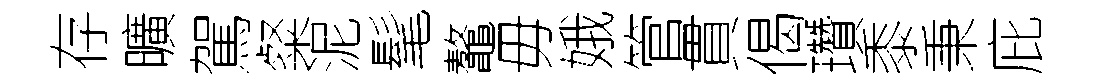
存曠駕粲泥髦鼇毋娥管貫偈瓚黍秉庇